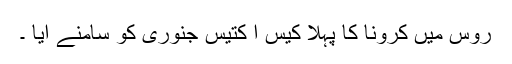
روس میں کرونا کا پہلا کیس ا کتیس جنوری کو سامنے آیا ۔